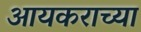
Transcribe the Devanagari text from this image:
आयकराच्या